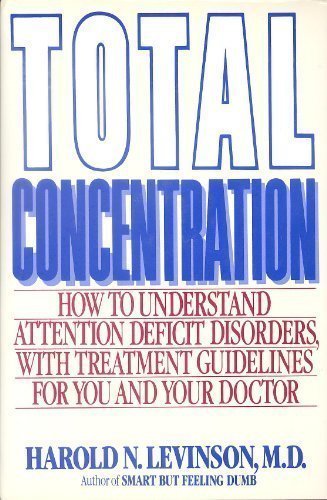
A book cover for Total Concentration: How to Understand Attention Deficit Disorders With Treatment Guidelines for You and Your Doctor; Harold N. Levinson; Parenting & Relationships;